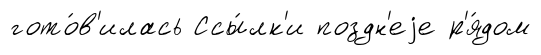
гото́в'илась Ссы́лк'и поздн'еjе р'я́дом